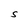
Character: S